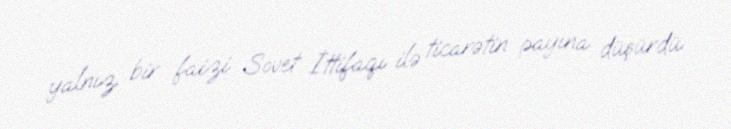
yalnız bir faizi Sovet İttifaqı ilə ticarətin payına düşürdü.